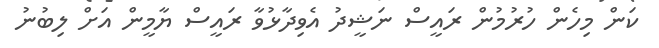
ކަން މިހެން ހުރުމުން ރައީސް ނަޝީދު އެވިދާޅުވާ ރައީސް ޔާމީން އަށް ލިބުނު